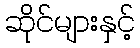
ဆိုင်များနှင့်